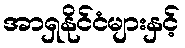
အာရှနိုင်ငံများနှင့်